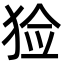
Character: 猃